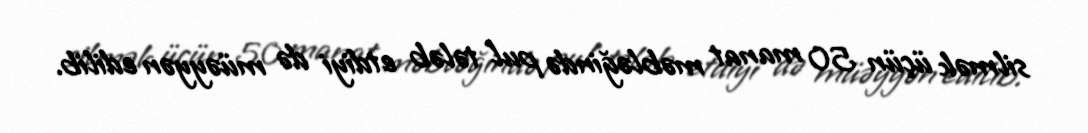
silmək üçün 50 manat məbləğində pul tələb etdiyi də müəyyən edilib.